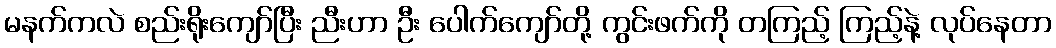
မနက်ကလဲ စည်းရိုးကျော်ပြီး ညီးဟာ ဦး ပေါက်ကျော်တို့ ကွင်းဖက်ကို တကြည့် ကြည့်နဲ့ လုပ်နေတာ